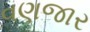
વણજાર